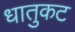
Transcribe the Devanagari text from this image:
धातुकट